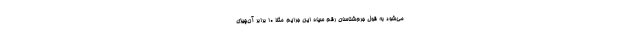
می‌شود به قول جرم‌شناسان رقم سیاه این جرایم مثلا ۱۰ برابر آن‌چیزی